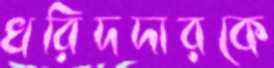
খরিদদারকে